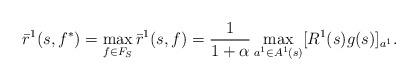
LaTeX: \begin{align*} \bar{r}^1(s,f^*)=\max_{f\in F_S} \bar{r}^1(s,f)=\frac{1}{1+\alpha}\max_{a^1\in A^1(s)}[R^1(s)g(s)]_{a^1}.\end{align*}